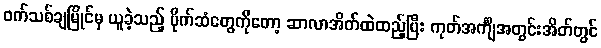
ဝက်သစ်ချမြိုင်မှ ယူခဲ့သည့် ပိုက်ဆံတွေကိုတော့ ဆာလာအိတ်ထဲထည့်ပြီး ကုတ်အင်္ကျီအတွင်းအိတ်တွင်